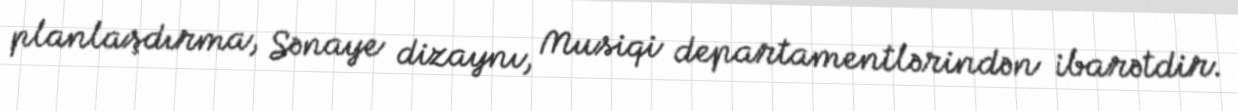
planlaşdırma, Sənaye dizaynı, Musiqi departamentlərindən ibarətdir.